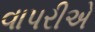
વાપરીએ